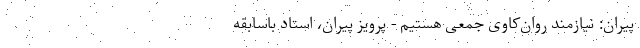
پیران: نیازمند روان‌کاوی جمعی هستیم - پرویز پیران، استاد باسابقه